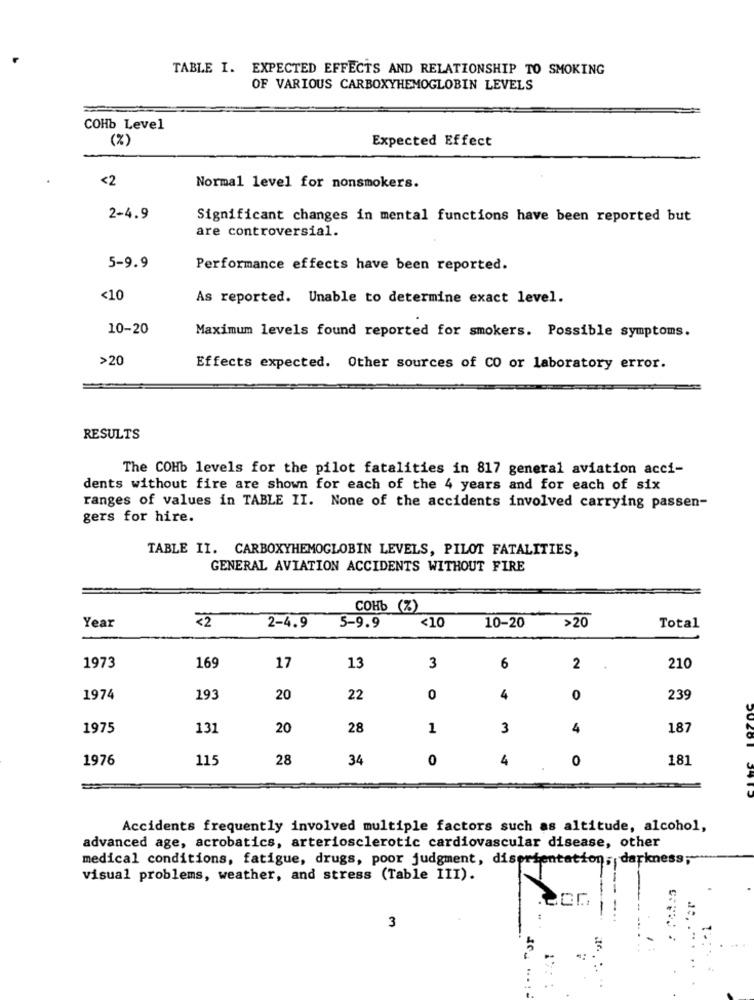
TABLE I. EXPECTED EFFECTS AND RELATIONSHIP TO SMOKING
OF VARIOUS CARBOXYHEMOGLOBIN LEVELS
COHb Level
(%)
Expected Effect
<2
Normal level for nonsmokers.
2-4.9
Significant changes in mental functions have been reported but
are controversial.
5-9.9
Performance effects have been reported.
<10
As reported. Unable to determine exact level.
10-20
Maximum levels found reported for smokers. Possible symptoms.
>20
Effects expected. Other sources of CO or laboratory error.
RESULTS
The COHb levels for the pilot fatalities in 817 general aviation acci-
dents without fire are shown for each of the 4 years and for each of six
ranges of values in TABLE II. None of the accidents involved carrying passen-
gers for hire.
TABLE II. CARBOXYHEMOGLOBIN LEVELS, PILOT FATALITIES,
GENERAL AVIATION ACCIDENTS WITHOUT FIRE
COHb (%)
<2
5-9.9
Year
2-4.9
<10
10-20
>20
Total
1973
169
17
13
3
6
2
210
1974
193
20
22
0
4
0
239
1975
131
20
28
1
3
4
187
1976
115
28
34
0
4
0
181
Accidents frequently involved multiple factors such as altitude, alcohol,
advanced age, acrobatics, arteriosclerotic cardiovascular disease, other
medical conditions, fatigue, drugs, poor judgment, disorientation, darkness;
visual problems, weather, and stress (Table III).
3